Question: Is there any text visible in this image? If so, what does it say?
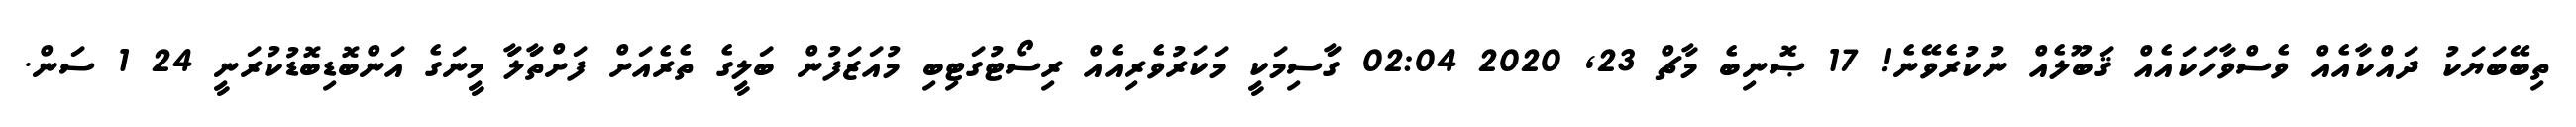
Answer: ތިބޭބަޔަކު ދައްކާއެއް ވެސްވާހަކައެއް ޤަބޫލެއް ނުކުރެވޭނެ! 17 ޞޮނިބެ މާޗް 23, 2020 02:04 ގަާސިމަކިީ މަކަރުވެރިއެއް ރިސޯޓުގަޓިބި މުއަޒަފުން ބަލިީގެ ތެރެއަށް ފަށްތަާލަާ މިީނަގެ އަންބޮޑިބޮޑުކުރަނިީ 24 1 ސަން.